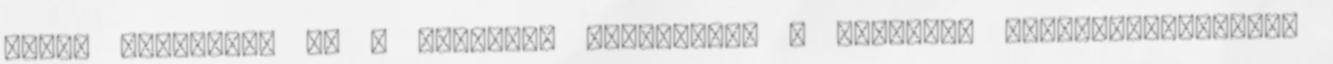
kerül előtérbe, és a rothadás megszűnik. A növények életfolyamatainak